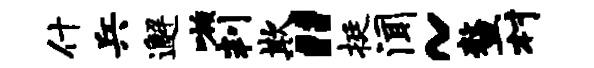
什兵邂嗾判欺“挺闻~鳌村